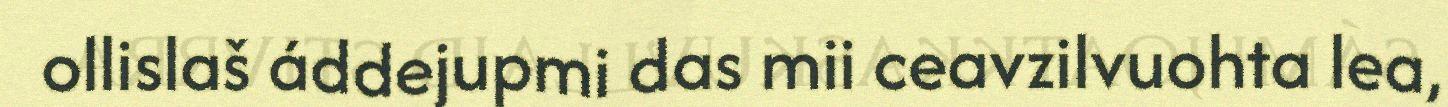
ollislaš áddejupmi das mii ceavzilvuohta lea,